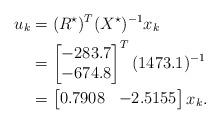
LaTeX: \begin{align*}u_k &= (R^\star)^T (X^\star)^{-1} x_k \\&= \begin{bmatrix} -283.7\\ -674.8\end{bmatrix}^T (1473.1)^{-1} \\&=\begin{bmatrix} 0.7908 & -2.5155\end{bmatrix} x_k.\end{align*}